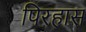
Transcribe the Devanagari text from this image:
पिरहास